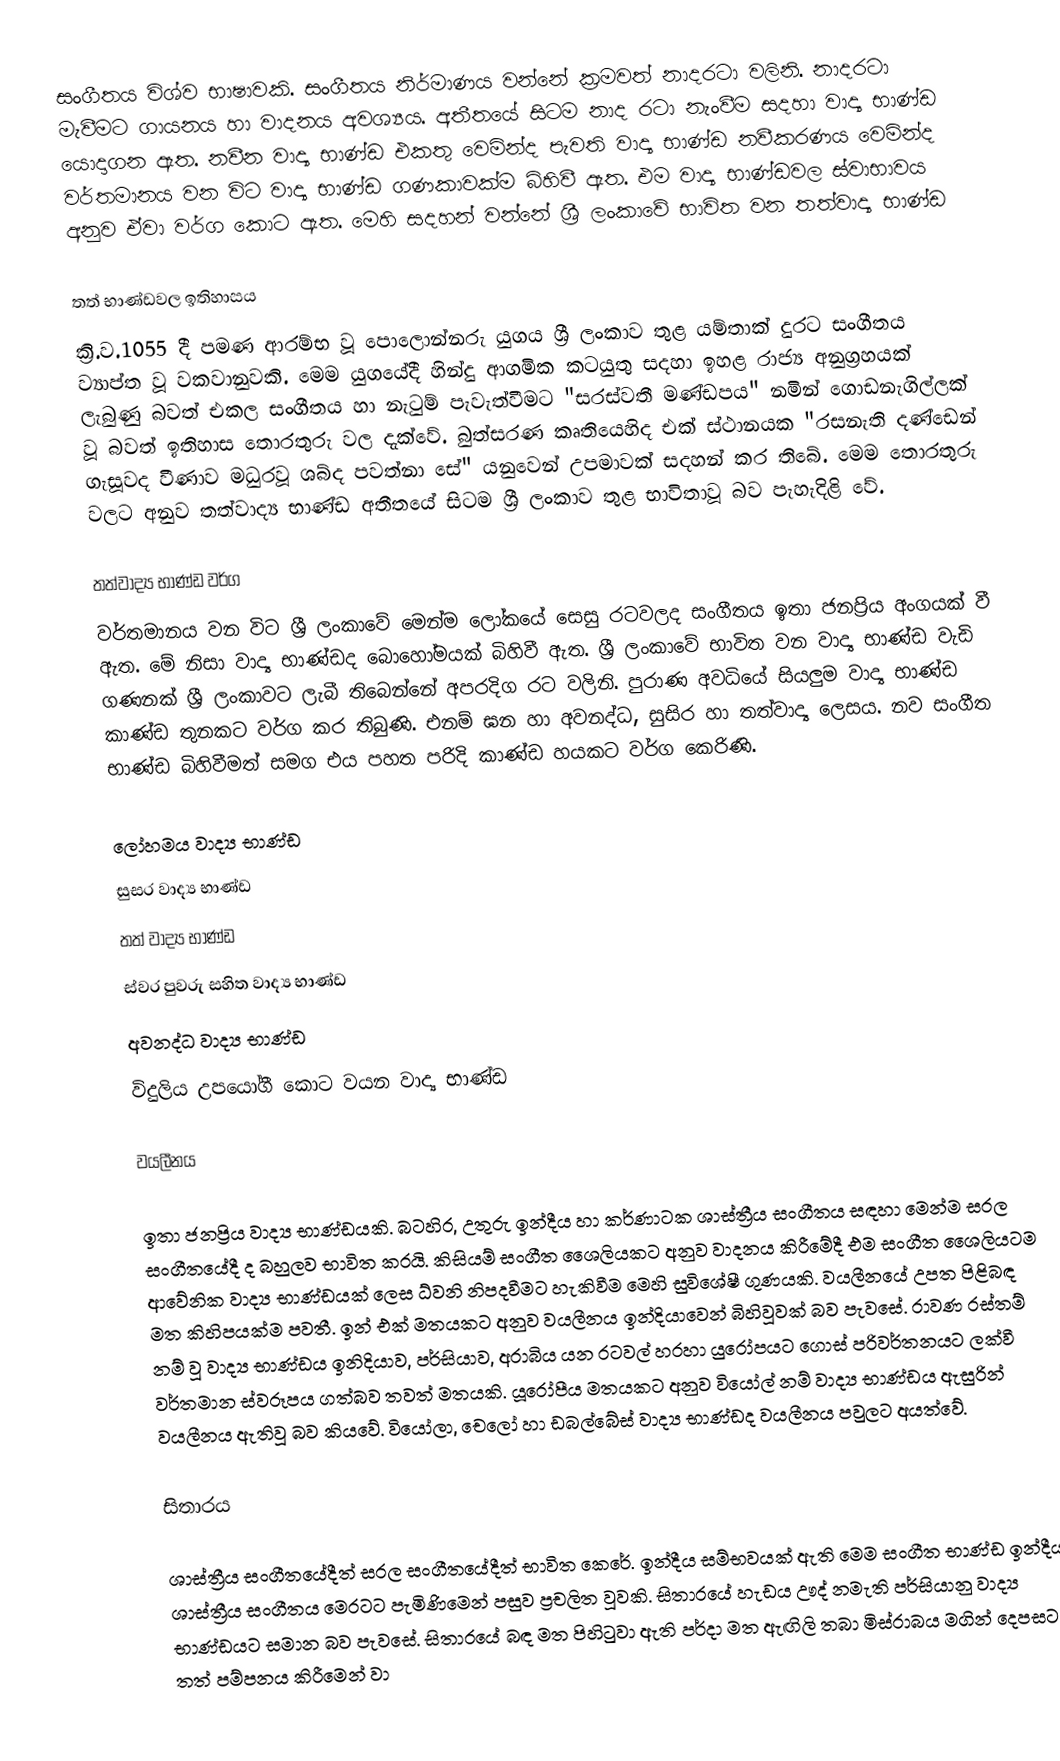
සංගීතය විශ්ව භාෂාවකි. සංගීතය නිර්මාණය වන්නේ ක්‍රමවත් නාදරටා වලිනි. නාදරටා මැවීමට ගායනය හා වාදන‍ය අවශ්‍යය. අතීත‍යේ  සිටම නාද රටා නැංවීම සදහා වාද්‍ය භාණ්ඩ යොදාගන ඇත. නවීන වාද්‍ය භාණ්ඩ එකතු ‍වෙමින්ද පැවති වාද්‍ය භාණ්ඩ නවීකරණය වෙමින්ද වර්තමානය වන විට වාද්‍ය භාණ්ඩ ගණකාවක්ම බිහිවී ඇත. එම වාද්‍ය භාණ්ඩවල ස්වාභාවය අනුව ඒවා වර්ග ‍කොට ඇත. මෙහි සදහන් වන්නේ ශ්‍රී ලංකාවේ භාවිත වන තත්වාද්‍ය භාණ්ඩ

තත් භාණ්ඩවල ඉතිහාසය
ක්‍රි.ව.1055 දී පමණ ආරම්භ වූ පොලොන්නරු යුගය ශ්‍රී ලංකාව තුළ යම්තාක් දුරට සංගීතය ව්‍යාප්ත වූ වකවානුවකි. මෙම යුගයේදී හින්දු ආගමික කටයුතු සදහා ඉහළ රාජ්‍ය අනුග්‍රහයක් ලැබුණු බවත් එකල සංගීතය හා නැටුම් පැවැත්වීමට "සරස්වතී මණ්ඩපය" නමින් ගොඩනැගිල්ලක් වූ බවත් ඉතිහාස තොරතුරු වල දැක්වේ. බුත්සරණ කෘතියෙහිද එක් ස්ථානයක "රසනැති දණ්ඩෙන් ගැසූවද වීණාව මධුරවූ ශබ්ද පවත්නා සේ" යනුවෙන් උපමාවක් සදහන් කර තිබේ. මෙම තොරතුරු වලට අනුව තත්වාද්‍ය භාණ්ඩ අතීතයේ සිටම ශ්‍රී ලංකාව තුළ භාවිතාවූ බව පැහැදිළි වේ.

තත්වාද්‍ය භාණ්ඩ වර්ග
වර්තමානය වන විට ශ්‍රී ලංකාවේ මෙන්ම ලෝකයේ සෙසු රටවලද සංගීතය ඉතා ජනප්‍රිය අංගයක් වී ඇත. මේ නිසා වාද්‍ය  භාණ්ඩද බොහෝමයක් බිහිවී ඇත. ශ්‍රී ලංකාවේ භාවිත වන වාද්‍ය භාණ්ඩ වැඩි ගණනක් ශ්‍රී ලංකාවට ලැබී තිබෙන්නේ අපරදිග රට වලිනි. පුරාණ අවධියේ සියලුම වාද්‍ය භාණ්ඩ කාණ්ඩ තුනකට වර්ග කර තිබුණි. එනම් ඝන හා අවනද්ධ, සුසිර හා තත්වාද්‍ය ලෙසය. නව සංගීත භාණ්ඩ බිහිවීමත් සමග එය පහත පරිදි කාණ්ඩ හයකට වර්ග කෙරිණි.

 ලෝහමය වාද්‍ය භාණ්ඩ
 සුසර වාද්‍ය භාණ්ඩ
 තත් වාද්‍ය භාණ්ඩ
 ස්වර පුවරු සහිත වාද්‍ය භාණ්ඩ
 අවනද්ධ වාද්‍ය භාණ්ඩ
 විදුලිය උපයෝගී කොට වයන වාද්‍ය භාණ්ඩ

වයලීනය

ඉතා ජනප්‍රිය වාද්‍ය භාණ්ඩයකි. බටහිර, උතුරු ඉන්දීය හා කර්ණාටක ශාස්ත්‍රීය සංගීතය සඳහා මෙන්ම සරල සංගීතයේදී ද  බහුලව භාවිත කරයි. කිසියම් සංගීත ශෛලියකට අනුව වාදනය කිරීමේදී එම සංගීත ශෛලියටම ආවේනික වාද්‍ය භාණ්ඩයක් ලෙස ධ්වනි නිපදවීමට හැකිවීම මෙහි සුවිශේෂී ගුණයකි. වයලීන‍යේ උපත පිළිබඳ මත කිහිපයක්ම පවතී. ඉන් එක් මතයකට අනුව වයලීනය ඉන්දියාවෙන් බිහිවූවක් බව පැවසේ. රාවණ රස්තම් නම් වූ වාද්‍ය භාණ්ඩය ඉනිදියාව, පර්සියාව, අරාබිය යන රටවල් හරහා යුරෝපයට ගොස් පරිවර්තනයට ලක්වී වර්තමාන ස්වරූපය ගත්බව තවත් මතයකි. යූරෝපීය මතයකට අනුව වියෝල් නම් වාද්‍ය භාණ්ඩය ඇසුරින් වයලීනය ඇතිවූ බව කියවේ. වියෝලා, චෙලෝ හා ඩබල්බේස්  වාද්‍ය භාණ්ඩද වයලීනය පවුලට අයත්වේ.

සිතාරය

ශාස්ත්‍රීය සංගීතයේදීත් සරල සංගීතයේදීත් භාවිත කෙරේ. ඉන්දීය සම්භවයක් ඇති මෙම සංගීත භාණ්ඩ  ඉන්දීය ශාස්ත්‍රීය සංගීතය ‍මෙරටට පැමිණිමෙන් පසුව ප්‍රචලිත වූවකි. සිතාරයේ හැඩය ඌද් නමැති පර්සියානු වාද්‍ය භාණ්ඩයට සමාන බව පැවසේ. සිතාරයේ බඳ මත පිහිටුවා ඇති පර්දා මත ඇඟිලි තබා මිස්රාබය මගින් දෙපසට තත් පම්පනය කිරීමෙන් වා